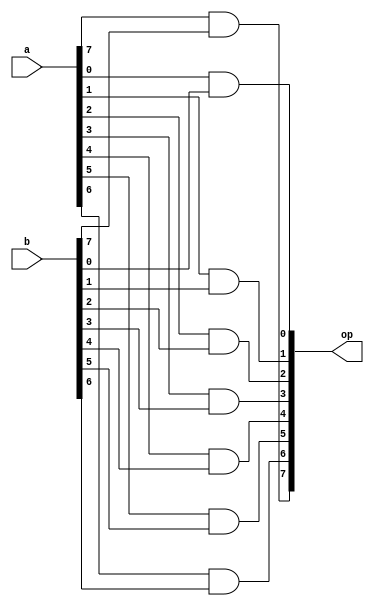
`timescale 1ns / 1ps
module and_8bit(
	input [7:0] a,
	input [7:0] b,
	output reg [7:0] op
);

	integer i;
	
	always @(*) begin
		for(i=0; i<8; i=i+1) begin
			op[i] = a[i] & b[i];
		end
	end

endmodule